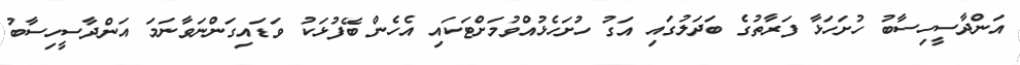
އަންދާސީހިސާބު ހުށަހަޅާ ފަރާތުގެ ބަދަލުގައި އަގު ހުށަހެޅުއްވުމަށްޓަކައި އެހެން ބޭފުޅަކު ވަޑައިގަންނަވާނަމަ އަންދާސީހިސާބު